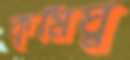
কৃমিঘ্ন